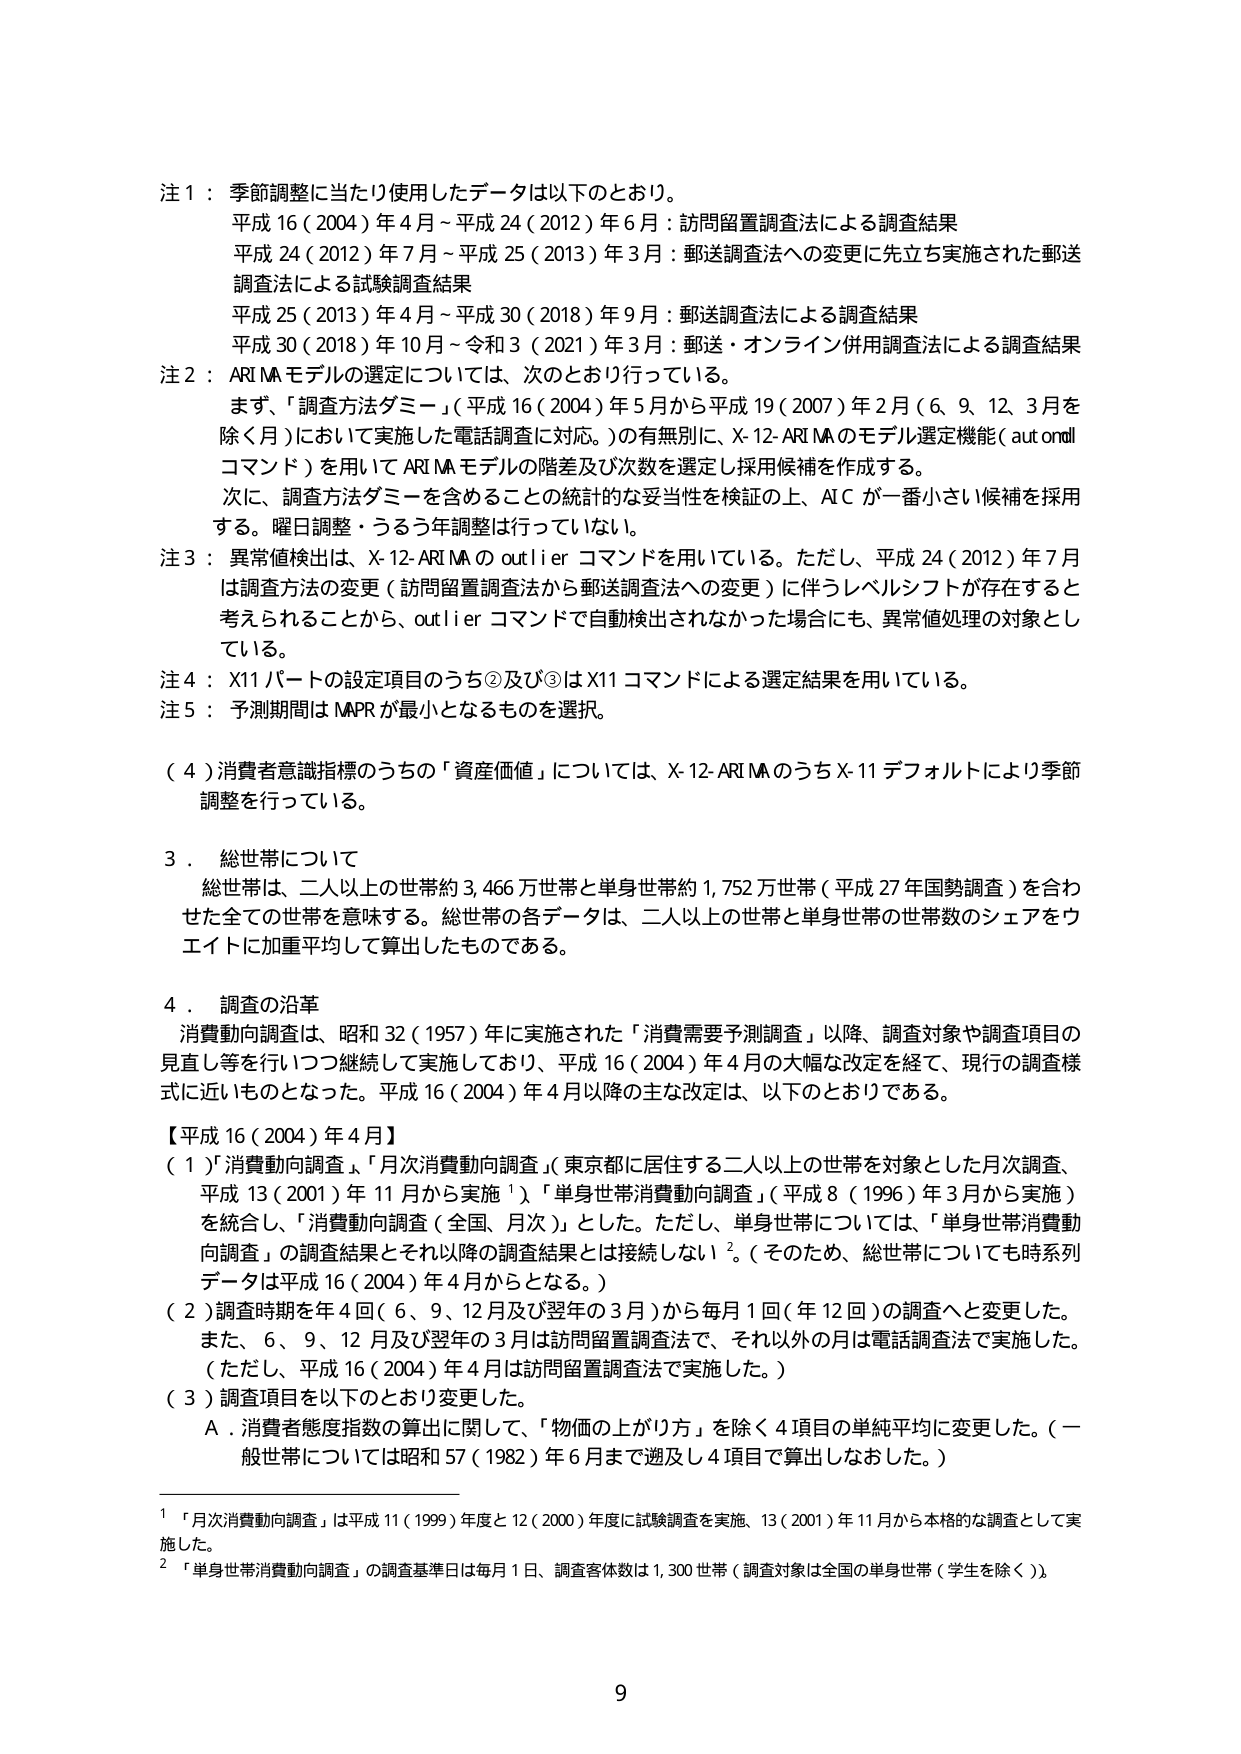
注1：季節調整に当たり使用したデータは以下のとおり。
　平成16（2004）年4月～平成24（2012）年6月：訪問留置調査法による調査結果
　平成24（2012）年7月～平成25（2013）年3月：郵送調査法への変更に先立ち実施された郵送
　調査法による試験調査結果
　平成25（2013）年4月～平成30（2018）年9月：郵送調査法による調査結果
　平成30（2018）年10月～令和3（2021）年3月：郵送・オンライン併用調査法による調査結果
注2：ARIMAモデルの選定については、次のとおり行っている。
　まず、「調査方法ダミー」（平成16（2004）年5月から平成19（2007）年2月（6、9、12、3月を
　除く月）において実施した電話調査に対応。）の有無別に、X-12-ARIMAのモデル選定機能（automl
　コマンド）を用いてARIMAモデルの階差及び次数を選定し採用候補を作成する。
　次に、調査方法ダミーを含めることの統計的な妥当性を検証の上、AICが一番小さい候補を採用
　する。曜日調整・うるう年調整は行っていない。
注3：異常値検出は、X-12-ARIMAのoutlierコマンドを用いている。ただし、平成24（2012）年7月
　は調査方法の変更（訪問留置調査法から郵送調査法への変更）に伴うレベルシフトが存在すると
　考えられることから、outlierコマンドで自動検出されなかった場合にも、異常値処理の対象とし
　ている。
注4：X11パートの設定項目のうち②及び③はX11コマンドによる選定結果を用いている。
注5：予測期間はMAPRが最小となるものを選択。

（4）消費者意識指標のうちの「資産価値」については、X-12-ARIMAのうちX-11デフォルトにより季節
　調整を行っている。

3．総世帯について
　総世帯は、二人以上の世帯約3,466万世帯と単身世帯約1,752万世帯（平成27年国勢調査）を合わ
　せた全ての世帯を意味する。総世帯の各データは、二人以上の世帯と単身世帯の世帯数のシェアをウ
　エイトに加重平均して算出したものである。

4．調査の沿革
　消費動向調査は、昭和32（1957）年に実施された「消費需要予測調査」以降、調査対象や調査項目の
　見直し等を行いつつ継続して実施しており、平成16（2004）年4月の大幅な改定を経て、現行の調査様
　式に近いものとなった。平成16（2004）年4月以降の主な改定は、以下のとおりである。

【平成16（2004）年4月】
（1）「消費動向調査」、「月次消費動向調査」（東京都に居住する二人以上の世帯を対象とした月次調査、
　平成13（2001）年11月から実施¹）、「単身世帯消費動向調査」（平成8（1996）年3月から実施）
　を統合し、「消費動向調査（全国、月次）」とした。ただし、単身世帯については、「単身世帯消費動
　向調査」の調査結果とそれ以降の調査結果とは接続しない²。（そのため、総世帯についても時系列
　データは平成16（2004）年4月からとなる。）
（2）調査時期を年4回（6、9、12月及び翌年の3月）から毎月1回（年12回）の調査へと変更した。
　また、6、9、12月及び翌年の3月は訪問留置調査法で、それ以外の月は電話調査法で実施した。
　（ただし、平成16（2004）年4月は訪問留置調査法で実施した。）
（3）調査項目を以下のとおり変更した。
　A．消費者態度指数の算出に関して、「物価の上がり方」を除く4項目の単純平均に変更した。（一
　　般世帯については昭和57（1982）年6月まで遡及し4項目で算出しなおした。）

¹「月次消費動向調査」は平成11（1999）年度と12（2000）年度に試験調査を実施、13（2001）年11月から本格的な調査として実
　施した。
²「単身世帯消費動向調査」の調査基準日は毎月1日、調査客体数は1,300世帯（調査対象は全国の単身世帯（学生を除く））。

9